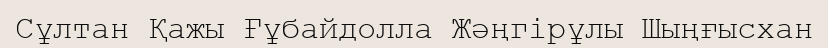
Сұлтан Қажы Ғұбайдолла Жәңгірұлы Шыңғысхан